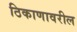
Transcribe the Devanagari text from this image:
ठिकाणावरील